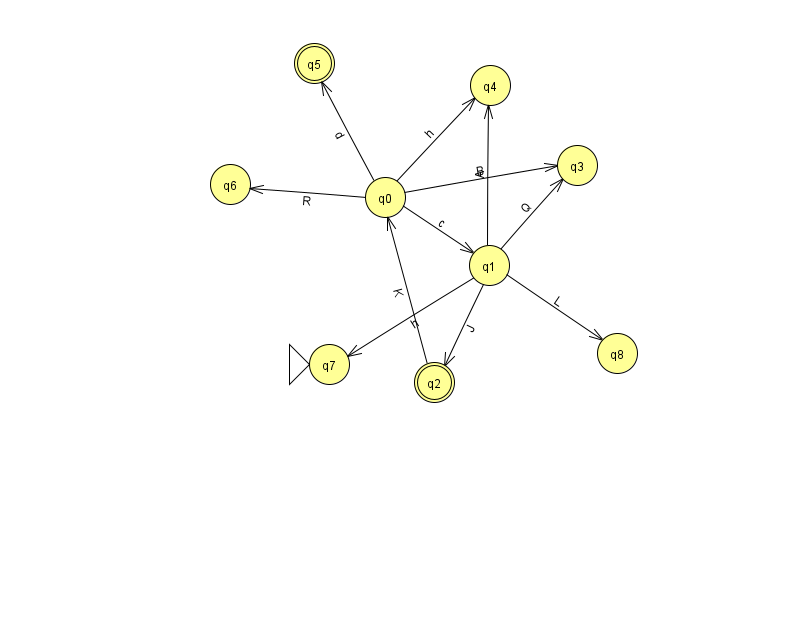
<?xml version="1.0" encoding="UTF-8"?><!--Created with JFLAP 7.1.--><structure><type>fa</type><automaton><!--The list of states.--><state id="0" name="q0"><x>385.0</x><y>184.0</y></state><state id="1" name="q1"><x>489.0</x><y>252.0</y></state><state id="2" name="q2"><x>434.0</x><y>369.0</y><final/></state><state id="3" name="q3"><x>577.0</x><y>152.0</y></state><state id="4" name="q4"><x>490.0</x><y>72.0</y></state><state id="5" name="q5"><x>314.0</x><y>50.0</y><final/></state><state id="6" name="q6"><x>230.0</x><y>171.0</y></state><state id="7" name="q7"><x>329.0</x><y>351.0</y><initial/></state><state id="8" name="q8"><x>617.0</x><y>340.0</y></state><!--The list of transitions.--><transition><from>0</from><to>3</to><read>B</read></transition><transition><from>0</from><to>4</to><read>h</read></transition><transition><from>1</from><to>3</to><read>Q</read></transition><transition><from>0</from><to>1</to><read>c</read></transition><transition><from>1</from><to>7</to><read>h</read></transition><transition><from>2</from><to>0</to><read>K</read></transition><transition><from>1</from><to>2</to><read>J</read></transition><transition><from>0</from><to>5</to><read>d</read></transition><transition><from>1</from><to>4</to><read>A</read></transition><transition><from>0</from><to>6</to><read>R</read></transition><transition><from>1</from><to>8</to><read>L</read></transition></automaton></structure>